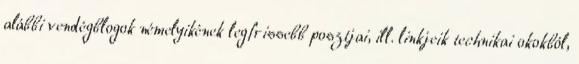
alábbi vendégblogok némelyikének legfrissebb posztjai, ill. linkjeik technikai okokból,